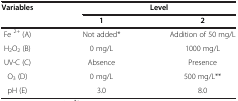
| <ROWSPAN=2> Variables | <COLSPAN=2> Level |
 | 1 | 2 |
 | --- | --- | --- |
 | Fe 2+ (A) | Not added* | Addition of 50 mg/L |
 | H2O2 (B) | 0 mg/L | 1000 mg/L |
 | UV-C (C) | Absence | Presence |
 | O3 (D) | 0 mg/L | 500 mg/L** |
 | pH (E) | 3.0 | 8.0 |